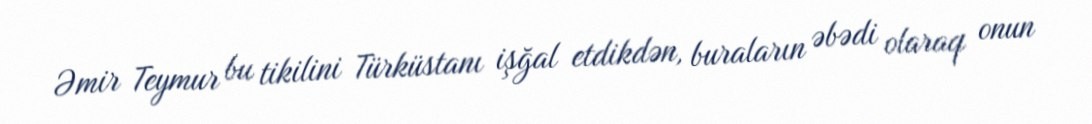
Əmir Teymur bu tikilini Türküstanı işğal etdikdən, buraların əbədi olaraq onun